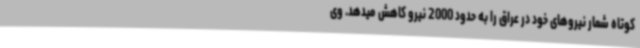
کوتاه شمار نیروهای خود در عراق را به حدود 2000 نیرو کاهش میدهد. وی